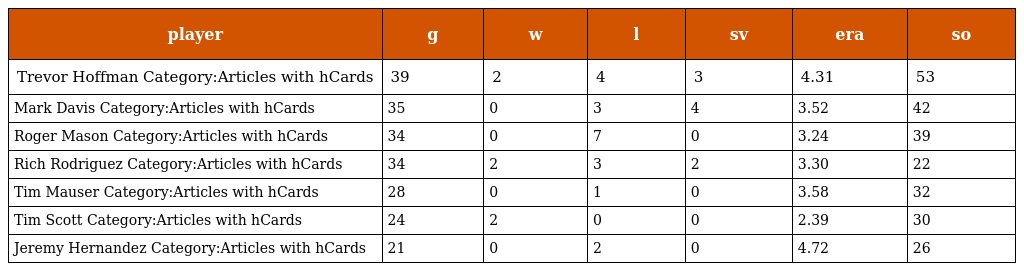
| player | g | w | l | sv | era | so |
 | --- | --- | --- | --- | --- | --- | --- |
 | Trevor Hoffman Category:Articles with hCards | 39 | 2 | 4 | 3 | 4.31 | 53 |
 | Mark Davis Category:Articles with hCards | 35 | 0 | 3 | 4 | 3.52 | 42 |
 | Roger Mason Category:Articles with hCards | 34 | 0 | 7 | 0 | 3.24 | 39 |
 | Rich Rodriguez Category:Articles with hCards | 34 | 2 | 3 | 2 | 3.30 | 22 |
 | Tim Mauser Category:Articles with hCards | 28 | 0 | 1 | 0 | 3.58 | 32 |
 | Tim Scott Category:Articles with hCards | 24 | 2 | 0 | 0 | 2.39 | 30 |
 | Jeremy Hernandez Category:Articles with hCards | 21 | 0 | 2 | 0 | 4.72 | 26 |